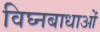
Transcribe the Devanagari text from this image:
विघ्नबाधाओं